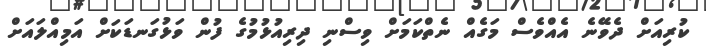
ކުރިއަށް ދެވޭނެ އެއްވެސް މަގެއް ނެތްކަމަށް ވިސްނި ދިރިއުޅުމުގެ ފުން ވަޅުގަނޑަކަށް އަމިއްލައަށް